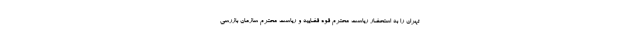
تهران را به استحضار ریاست محترم قوه قضاییه و ریاست محترم سازمان بازرسی